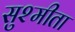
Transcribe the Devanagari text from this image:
सुश्मीता